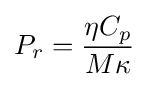
P_{r}={\frac {\eta C_{p}}{M\kappa }}